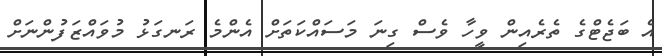
އެ ބަޖެޓްގެ ތެރެއިން ވީހާ ވެސް ގިނަ މަސައްކަތަށް އެންމެ ރަނގަޅު މުވައްޒަފުންނަށް